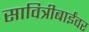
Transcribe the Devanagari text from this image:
सावित्रीबाईंवर